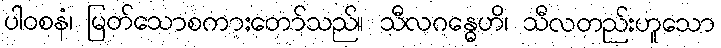
ပါဝစနံ၊ မြတ်သောစကားတော်သည်။ သီလဂန္ဓေဟိ၊ သီလတည်းဟူသော